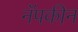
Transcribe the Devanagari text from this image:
नॅपकीन